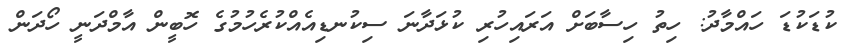
ކުޑަކުޑަ ހައްމާދު: ހިތު ހިސާބަށް އަރައިހުރި ކުޅަދާނަ ސިކުނޑިއެއްކުރެހުމުގެ ހޮބީން އާމްދަނީ ހޯދަން